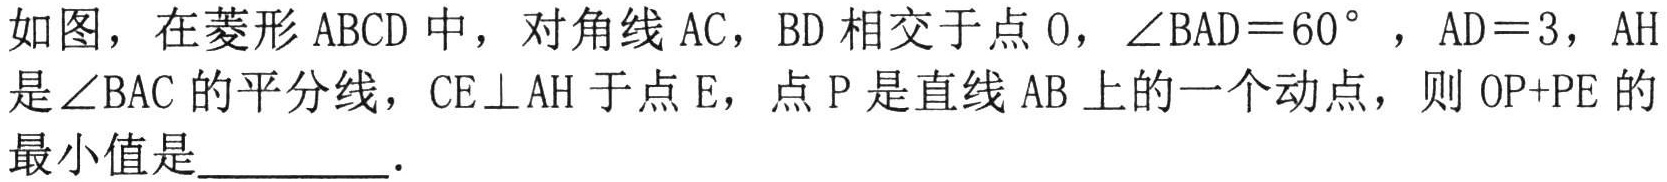
如图，在菱形$\mathrm{A}\mathrm{B}\mathrm{C}\mathrm{D}$中，对角线$\mathrm{A}\mathrm{C}$，$\mathrm{B}\mathrm{D}$相交于点$\mathrm{O}$，$\angle \mathrm{B}\mathrm{A}\mathrm{D}=60^{\circ}$，$\mathrm{A}\mathrm{D}=3$，$\mathrm{A}\mathrm{H}$是$\angle \mathrm{B}\mathrm{A}\mathrm{C}$的平分线，$\mathrm{C}\mathrm{E}\perp \mathrm{A}\mathrm{H}$于点$\mathrm{E}$，点$\mathrm{P}$是直线$\mathrm{A}\mathrm{B}$上的一个动点，则$\mathrm{O}\mathrm{P}+\mathrm{P}\mathrm{E}$的最小值是  ．